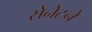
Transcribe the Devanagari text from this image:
सेनेटने